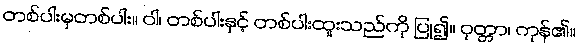
တစ်ပါးမှတစ်ပါး။ ဝါ၊ တစ်ပါးနှင့် တစ်ပါးထူးသည်ကို ပြု၍။ ဝုတ္တာ၊ ကုန်၏။